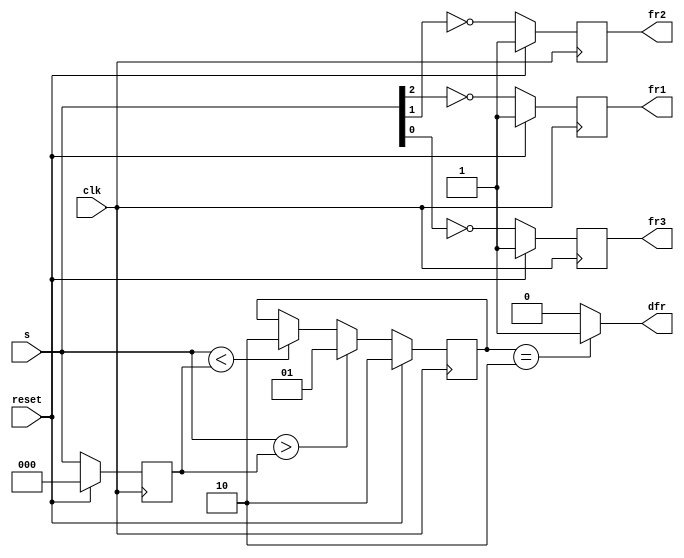
module top_module (
    input            clk,
    input            reset,
    input      [3:1] s,
    output reg       fr3,
    output reg       fr2,
    output reg       fr1,
    output           dfr
);

    parameter reg [1:0] STATE_UP = 2'b01;
    parameter reg [1:0] STATE_DOWM = 2'b10;

    reg [1:0] state_curn, state_next;
    reg [3:1] s_prev;
    always @(*) begin
        if (s > s_prev) state_next = STATE_UP;
        else if (s < s_prev) state_next = STATE_DOWM;
        else state_next = state_curn;
    end

    always @(posedge clk) begin
        if (reset == 1'b1) begin
            state_curn <= STATE_DOWM;
            s_prev <= 3'b000;
        end else begin
            state_curn <= state_next;
            s_prev <= s;
        end
    end


    always @(posedge clk) begin
        if (reset == 1'b1) begin
            fr1 <= 1'b1;
            fr2 <= 1'b1;
            fr3 <= 1'b1;
        end else begin
            fr1 <= ~s[3];
            fr2 <= ~s[2];
            fr3 <= ~s[1];
        end
    end

    assign dfr = (state_curn == STATE_DOWM) ? 1'b1 : 1'b0;
endmodule